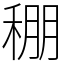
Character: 稝